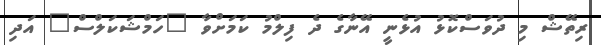
ރިތޭޝް މި ދުވަސްކޮޅު އުޅެނީ އޭނާގެ ދެ ފިލްމު ކަމަށްވާ "ހަމްޝަކަލްސް" އަދި